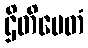
ဌိတိမေတံ